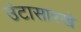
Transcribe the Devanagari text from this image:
उंटासारखे